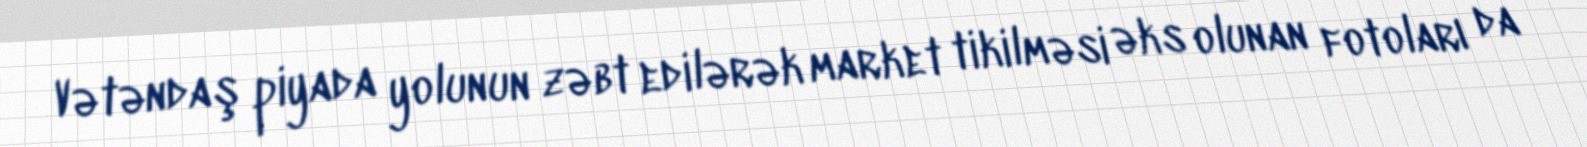
Vətəndaş piyada yolunun zəbt edilərək market tikilməsi əks olunan fotoları da